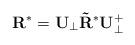
LaTeX: \begin{align*}{\bf R}^\ast = {\bf U}_{\bot} {\bf \tilde{R}}^\ast {\bf U}_{\bot}^+\end{align*}